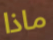
ماذا